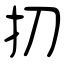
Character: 扨